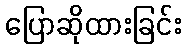
ပြောဆိုထားခြင်း